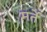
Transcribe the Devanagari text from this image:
मर्ते